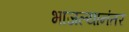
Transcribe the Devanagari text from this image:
भाजल्यानंतर